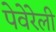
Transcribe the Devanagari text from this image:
पेवेरेली